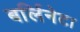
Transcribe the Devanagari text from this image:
बर्लिनेटा